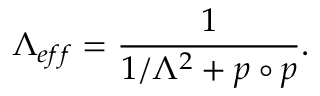
\Lambda _ { e f f } = \frac { 1 } { 1 / \Lambda ^ { 2 } + p \circ p } .